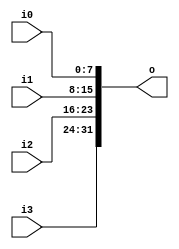
module v78e0a3_v9a2a06 (
 input [7:0] i3,
 input [7:0] i2,
 input [7:0] i1,
 input [7:0] i0,
 output [31:0] o
);
 assign o = {i3, i2, i1, i0};
endmodule